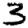
Digit: 3